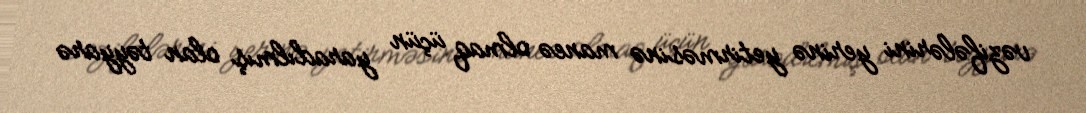
vəzifələrini yerinə yetirməsinə maneə olmaq üçün yaradılmış olan təyyarə